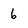
Character: 6